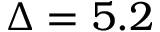
\Delta = 5 . 2